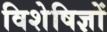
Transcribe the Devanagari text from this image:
विशेषिज्ञों